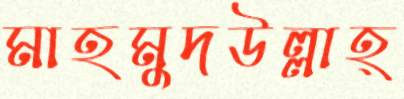
মাহমুদউল্লাহ্